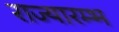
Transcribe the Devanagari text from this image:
राज्यारम्भ